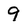
Character: 9